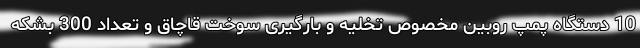
10 دستگاه پمپ روبین مخصوص تخلیه و بارگیری سوخت قاچاق و تعداد 300 بشکه